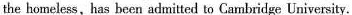
the homeless,has been admitted to Cambridge University.